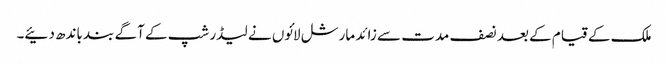
ملک کے قیام کے بعد نصف مدت سے زائد مارشل لائوں نے لیڈر شپ کے آگے بند باندھ دئیے۔